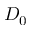
D _ { 0 }